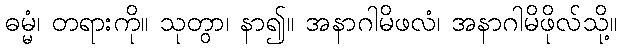
ဓမ္မံ၊ တရားကို။ သုတွာ၊ နာ၍။ အနာဂါမိဖလံ၊ အနာဂါမိဖိုလ်သို့။